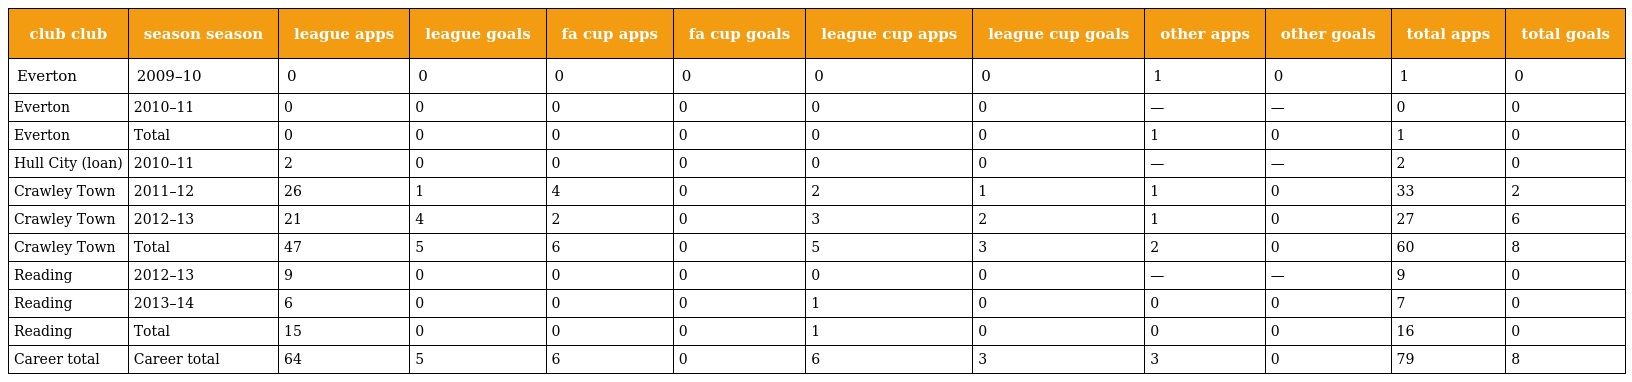
| club club | season season | league apps | league goals | fa cup apps | fa cup goals | league cup apps | league cup goals | other apps | other goals | total apps | total goals |
 | --- | --- | --- | --- | --- | --- | --- | --- | --- | --- | --- | --- |
 | Everton | 2009–10 | 0 | 0 | 0 | 0 | 0 | 0 | 1 | 0 | 1 | 0 |
 | Everton | 2010–11 | 0 | 0 | 0 | 0 | 0 | 0 | — | — | 0 | 0 |
 | Everton | Total | 0 | 0 | 0 | 0 | 0 | 0 | 1 | 0 | 1 | 0 |
 | Hull City (loan) | 2010–11 | 2 | 0 | 0 | 0 | 0 | 0 | — | — | 2 | 0 |
 | Crawley Town | 2011–12 | 26 | 1 | 4 | 0 | 2 | 1 | 1 | 0 | 33 | 2 |
 | Crawley Town | 2012–13 | 21 | 4 | 2 | 0 | 3 | 2 | 1 | 0 | 27 | 6 |
 | Crawley Town | Total | 47 | 5 | 6 | 0 | 5 | 3 | 2 | 0 | 60 | 8 |
 | Reading | 2012–13 | 9 | 0 | 0 | 0 | 0 | 0 | — | — | 9 | 0 |
 | Reading | 2013–14 | 6 | 0 | 0 | 0 | 1 | 0 | 0 | 0 | 7 | 0 |
 | Reading | Total | 15 | 0 | 0 | 0 | 1 | 0 | 0 | 0 | 16 | 0 |
 | Career total | Career total | 64 | 5 | 6 | 0 | 6 | 3 | 3 | 0 | 79 | 8 |